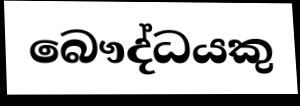
බෞද්ධයකු